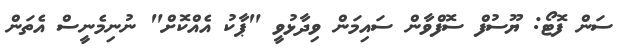
ސަން ފޮޓޯ: ޔޫސުފް ސޮފްވާން ސައިމަން ވިދާޅުވީ "ޕާކު އެއްކޮށް" ނުނިމެނީސް އެތަން